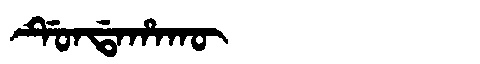
Manchu: ᡩᡠᠨᡩᠠᡥᠠᡴᡡ
Romanization: DUNDAHAKŪ